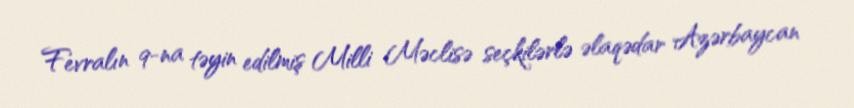
Fevralın 9-na təyin edilmiş Milli Məclisə seçkilərlə əlaqədar Azərbaycan